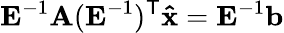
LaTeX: \mathbf{E}^{-1}\mathbf{A}(\mathbf{E}^{-1})^{\mathsf{T}}\mathbf{\hat{x}}=\mathbf{E}^{-1}\mathbf{b}